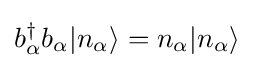
b_{\alpha }^{\dagger }b_{\alpha }|n_{\alpha }\rangle =n_{\alpha }|n_{\alpha }\rangle